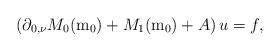
\begin{align*}\left(\partial_{0,\nu}M_{0}(\mathrm{m}_{0})+M_{1}(\mathrm{m}_{0})+A\right)u=f,\end{align*}